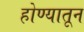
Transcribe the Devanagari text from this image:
होण्यातून